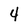
Character: 4